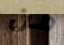
من